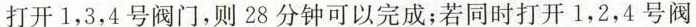
打开1，3，4号阀门，则28分钟可以完成；若同时打开1，2，4号阀